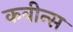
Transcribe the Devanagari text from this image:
कवीन्स